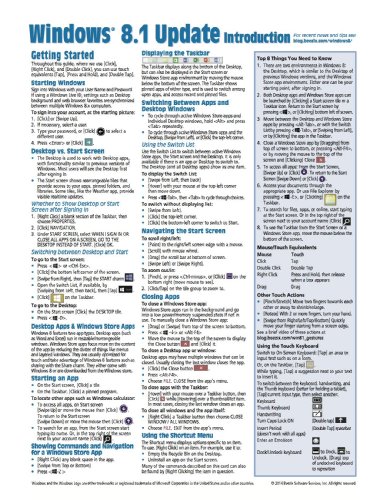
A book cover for Windows 8.1 Update Quick Reference Guide: Introduction (Cheat Sheet of Instructions, Tips & Shortcuts - Laminated); Beezix Inc.; Computers & Technology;